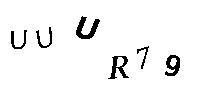
UUUR79